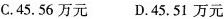
C.45.56万元 D.45.51万元